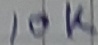
Text: 10K